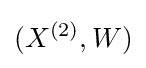
(X^{(2)},W)